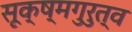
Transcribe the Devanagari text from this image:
सूक्ष्मगुरुत्व